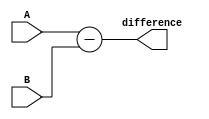
module carry_lookahead_subtractor (
    input [3:0] A,
    input [3:0] B,
    output [3:0] difference
);

assign difference = A - B;

endmodule